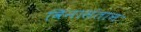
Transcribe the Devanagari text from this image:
विनासंतान